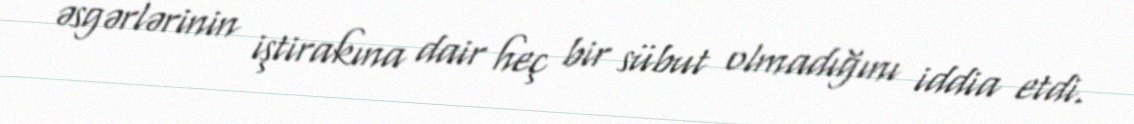
əsgərlərinin iştirakına dair heç bir sübut olmadığını iddia etdi.